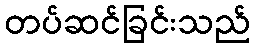
တပ်ဆင်ခြင်းသည်